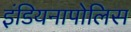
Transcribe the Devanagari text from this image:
इंडियनापोलिस